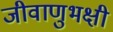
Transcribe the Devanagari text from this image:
जीवाणुभक्षी